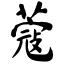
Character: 蔻